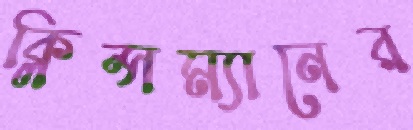
ক্লিন্সম্যানের